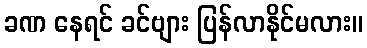
ခဏ နေရင် ခင်ဗျား ပြန်လာနိုင်မလား။